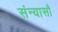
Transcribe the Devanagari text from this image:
संन्यासौ